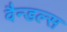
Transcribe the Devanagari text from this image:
वैन्डल्स